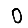
Digit: 0